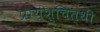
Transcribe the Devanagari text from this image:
प्रायश्चित्थी